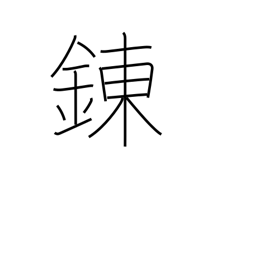
Meaning: tempering